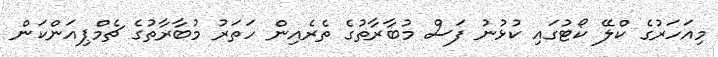
މިއަހަރުގެ ކްލޭ ކޯޓުގައި ކުޅުނު ފަސް މުބާރާތުގެ ތެރެއިން ހަތަރު މުބާރާތުގެ ޗެމްޕިއަންކަން